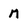
Character: M